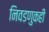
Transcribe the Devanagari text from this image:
निवडणुकही